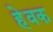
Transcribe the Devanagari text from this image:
हेवक